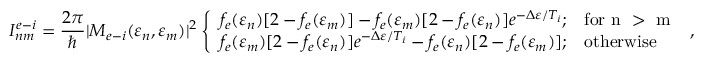
I _ { n m } ^ { e - i } = \frac { 2 \pi } { \hbar } | M _ { e - i } ( \varepsilon _ { n } , \varepsilon _ { m } ) | ^ { 2 } \left\{ \begin{array} { l l } { f _ { e } ( \varepsilon _ { n } ) [ 2 - f _ { e } ( \varepsilon _ { m } ) ] - f _ { e } ( \varepsilon _ { m } ) [ 2 - f _ { e } ( \varepsilon _ { n } ) ] e ^ { - \Delta \varepsilon / T _ { i } } ; } & { \mathrm { f o r ~ n ~ > ~ m ~ } } \\ { f _ { e } ( \varepsilon _ { m } ) [ 2 - f _ { e } ( \varepsilon _ { n } ) ] e ^ { - \Delta \varepsilon / T _ { i } } - f _ { e } ( \varepsilon _ { n } ) [ 2 - f _ { e } ( \varepsilon _ { m } ) ] ; } & { \mathrm { o t h e r w i s e } } \end{array} \right. ,